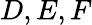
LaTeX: D,E,F